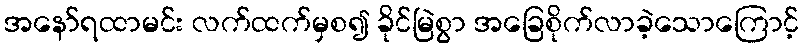
အနော်ရထာမင်း လက်ထက်မှစ၍ ခိုင်မြဲစွာ အခြေစိုက်လာခဲ့သောကြောင့်